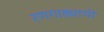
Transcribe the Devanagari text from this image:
रणगाड्याची